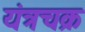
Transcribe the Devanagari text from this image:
यंत्रचक्र